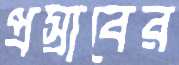
প্রস্রাবের